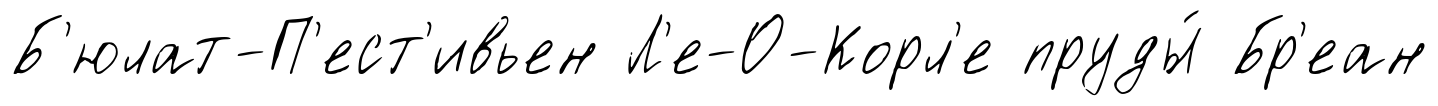
Б'юлат-П'ест'ивьен Л'е-О-Корл'е пруды́ Бр'еан